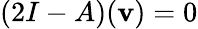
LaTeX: (2I-A)(\mathbf{v})=0